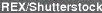
REX/Shutterstock